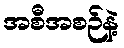
အစီအစဉ်နဲ့